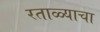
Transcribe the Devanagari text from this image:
रताळ्याचा